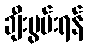
ချီးမွမ်းရန်